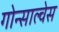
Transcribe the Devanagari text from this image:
गोन्साल्वेस